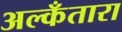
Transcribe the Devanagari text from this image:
अल्कँतारा